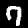
Label: 7